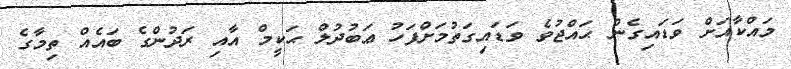
މައްކާއަށް ވަޑައިގެން ޙައްޖުވެ ވަޑައިގަތުމަށްފަހު ޢަބުދުލް ޙަކީމް އާއި ރަދުންގެ ބައެއް ތިމާގެ